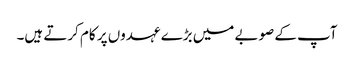
آپ کے صوبے میں بڑے عہدوں پر کام کرتے ہیں۔